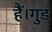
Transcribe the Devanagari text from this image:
हैं।गुड